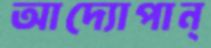
আদ্যোপান্